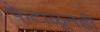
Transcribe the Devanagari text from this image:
फेटाळूनही